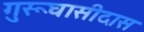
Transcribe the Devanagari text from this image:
गुरूघासीदास